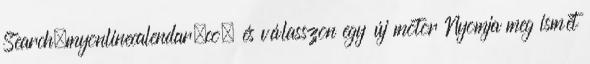
Search.myonlinecalendar.co, és válasszon egy új motor Nyomja meg ismét